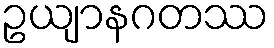
ဥယျာနဂတဿ